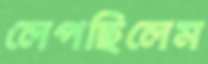
লেপছিলেম